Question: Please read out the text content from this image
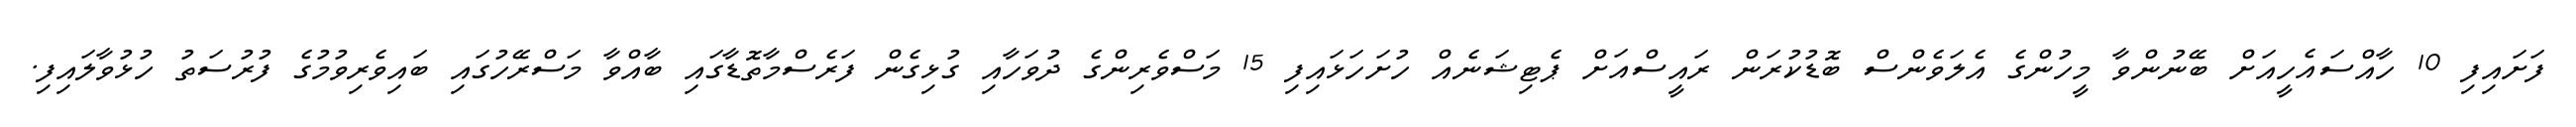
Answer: ފަށައިފި 10 ހާއްސައެހީއަށް ބޭނުންވާ މީހުންގެ އެލަވެންސް ބޮޑުކުރަން ރައީސްއަށް ޕެޓިޝަނެއް ހުށަހަޅައިފި 15 މަސްވެރިންގެ ދުވަހާއި ގުޅިގެން ފަރެސްމާތޮޑާގައި ބާއްވާ މަސްރޭހުގައި ބައިވެރިވުމުގެ ފުރުސަތު ހުޅުވާލައިފި.